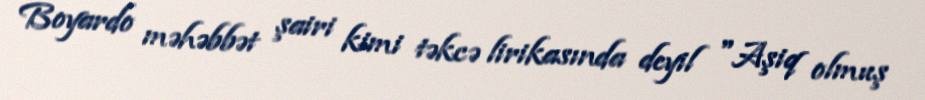
Boyardo məhəbbət şairi kimi təkcə lirikasında deyil "Aşiq olmuş